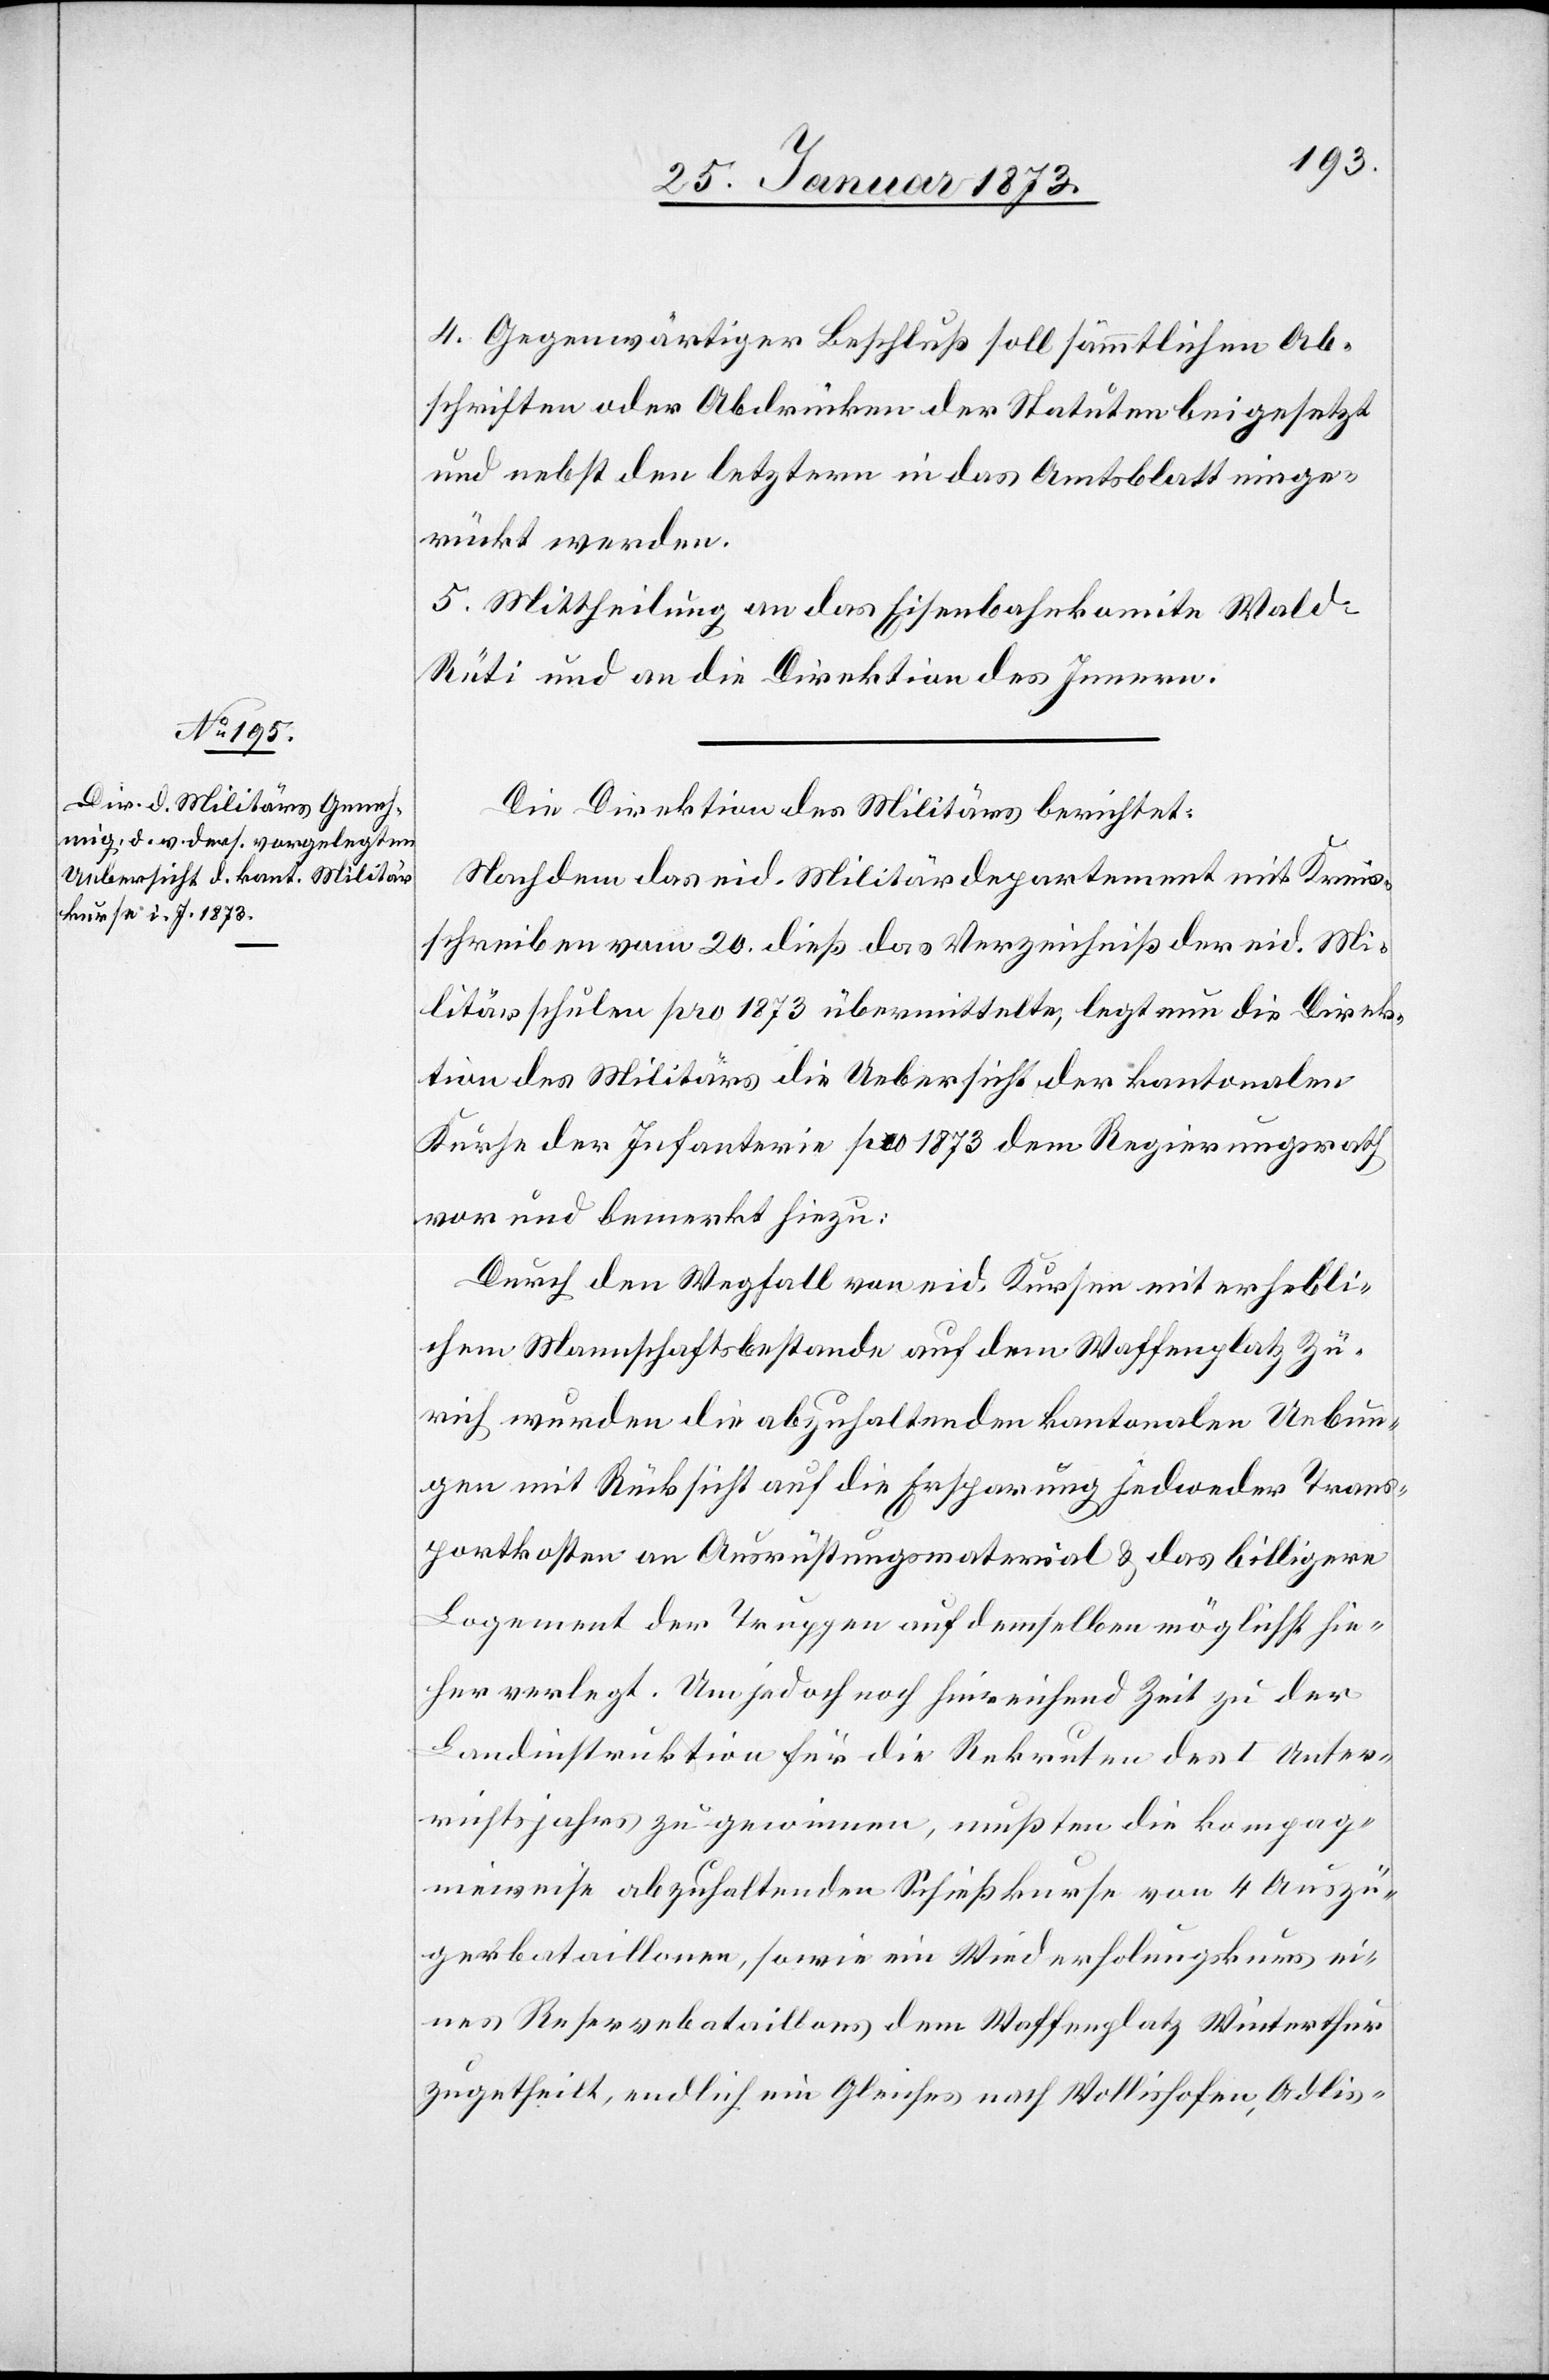
4. Gegenwärtiger Beschluß soll sämmtlichen Ab¬
schriften oder Abdrucken der Statuten beigesetzt
und nebst den letztern in das Amtsblatt einge¬
rückt werden.
5. Mittheilung an das Eisenbahnkomite Wald–R¬
üti und an die Direktion des Innern.
Die Direktion des Militärs berichtet:
Nachdem das eid. Militärdepartement mit Kreis¬
schreiben vom 20. dieß das Verzeichniß der eid. Mi¬
litärschulen pro 1873 übermittelte, legt nun die Direk¬
tion des Militärs die Uebersicht der kantonalen
Kurse der Infanterie pro 1873 dem Regierungsrath
vor und bemerkt hiezu:
Durch den Wegfall von eid. Kursen mit erhebli¬
chem Mannschaftsbestande auf dem Waffenplatz Zü¬
rich wurden die abzuhaltenden kantonalen Uebun¬
gen mit Rücksicht auf die Ersparung jedweder Trans¬
portkosten an Ausrüstungsmaterial u. das billigere
Lagement der Truppen auf demselben möglichst hie¬
her verlegt. Um jedoch hinreichend Zeit zu der
Landinstruktion für die Rekruten des I Unter¬
richtsjahrs zu gewinnen, mußten die kompag¬
nieweise abzuhaltenden Schießkurse von 4 Auszü¬
gerbataillonen, sowie ein Wiederholungskurs ei¬
nes Reservebataillons dem Waffenplatz Winterthur
zugetheilt, endlich ein Gleiches nach Wollishofen, Adlis-